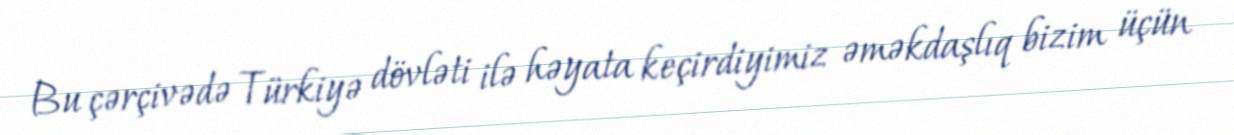
Bu çərçivədə Türkiyə dövləti ilə həyata keçirdiyimiz əməkdaşlıq bizim üçün